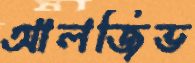
আলজিভ